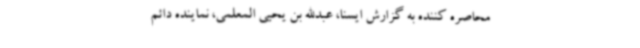
محاصره کننده به گزارش ایسنا، عبدالله بن یحیی المعلمی، نماینده دائم